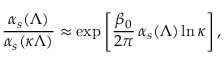
\frac { \alpha _ { s } ( \Lambda ) } { \alpha _ { s } ( \kappa \Lambda ) } \approx \exp \left[ \frac { \beta _ { 0 } } { 2 \pi } \, \alpha _ { s } ( \Lambda ) \ln \kappa \right] ,